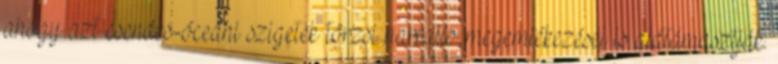
ahogy azt csendes-óceáni szigetek törzsi narratív megemlékezései is alátámasztják.